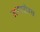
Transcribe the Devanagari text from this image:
जयारोग्य